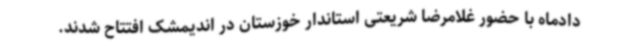
دادماه با حضور غلامرضا شریعتی استاندار خوزستان در اندیمشک افتتاح شدند.